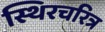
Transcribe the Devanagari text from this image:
स्थिरचरित्र